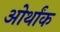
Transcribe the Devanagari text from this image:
ओर्थांक